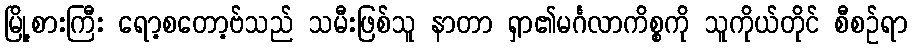
မြို့စားကြီး ရော့စတော့ဗ်သည် သမီးဖြစ်သူ နာတာ ရှာ၏မင်္ဂလာကိစ္စကို သူကိုယ်တိုင် စီစဉ်ရာ